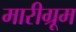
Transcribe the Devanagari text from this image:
मारीग्रूम